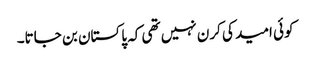
کوئی امید کی کرن نہیں تھی کہ پاکستان بن جاتا۔